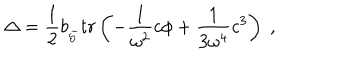
\Delta = \frac 1 2 b _ { _ { \widetilde { { \cal S } } } } t r \left( - \frac 1 { \omega ^ { 2 } } c \phi + \frac 1 { 3 \omega ^ { 4 } } c ^ { 3 } \right) \; ,